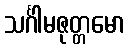
သင်္ဂါမဇုတ္တမော